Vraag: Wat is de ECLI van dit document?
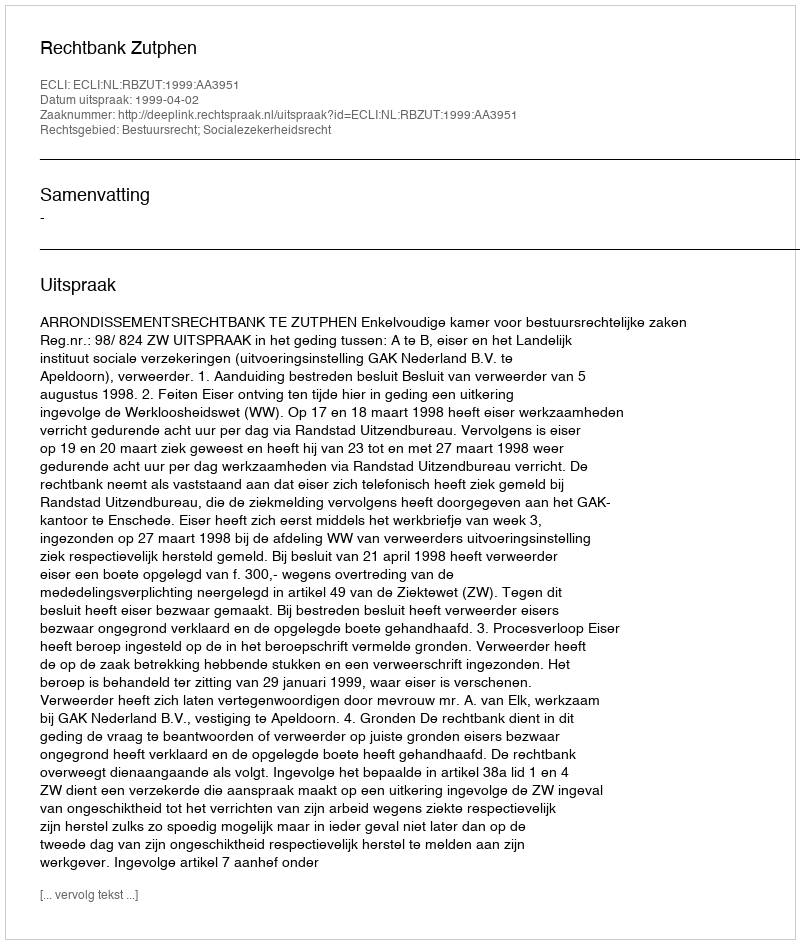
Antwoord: ECLI:NL:RBZUT:1999:AA3951